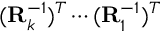
( \mathbf { R } _ { k } ^ { - 1 } ) ^ { T } \cdots ( \mathbf { R } _ { 1 } ^ { - 1 } ) ^ { T }